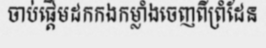
ចាប់ផ្តើមដកកងកម្លាំងចេញពីព្រំដែន